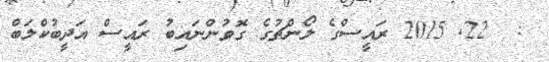
:  22